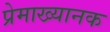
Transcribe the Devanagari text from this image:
प्रेमाख्यानक